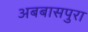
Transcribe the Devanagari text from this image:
अबबासपुरा